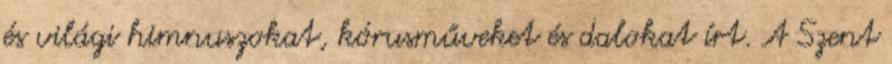
és világi himnuszokat, kórusműveket és dalokat írt. A Szent